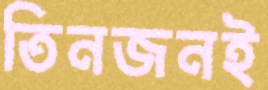
তিনজনই